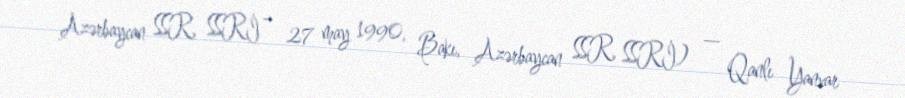
Azərbaycan SSR, SSRİ – 27 may 1990, Bakı, Azərbaycan SSR, SSRİ) — Qanlı Yanvar